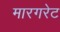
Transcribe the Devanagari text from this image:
मारगरेट